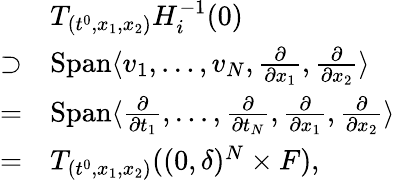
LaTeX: \begin{array}{rl}&{T_{(t^{0},x_{1},x_{2})}H_{i}^{-1}(0)}\\ {\supset}&{\mathrm{Span}\langle v_{1},\ldots,v_{N},\frac\partial{\partial x_{1}},\frac\partial{\partial x_{2}}\rangle}\\ {=}&{\mathrm{Span}\langle\frac\partial{\partial t_{1}},\ldots,\frac\partial{\partial t_{N}},\frac\partial{\partial x_{1}},\frac\partial{\partial x_{2}}\rangle}\\ {=}&{T_{(t^{0},x_{1},x_{2})}((0,\delta)^{N}\times F),}\end{array}